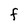
Character: F